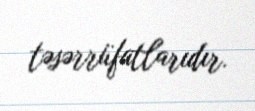
təsərrüfatlarıdır.